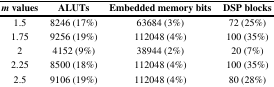
<table><thead><tr><td><b><i>m</i> values</b></td><td><b>ALUTs</b></td><td><b>Embedded memory bits</b></td><td><b>DSP blocks</b></td></tr></thead><tbody><tr><td>1.5</td><td>8246 (17%)</td><td>63684 (3%)</td><td>72 (25%)</td></tr><tr><td>1.75</td><td>9256 (19%)</td><td>112048 (4%)</td><td>100 (35%)</td></tr><tr><td>2</td><td>4152 (9%)</td><td>38944 (2%)</td><td>20 (7%)</td></tr><tr><td>2.25</td><td>8500 (18%)</td><td>112048 (4%)</td><td>100 (35%)</td></tr><tr><td>2.5</td><td>9106 (19%)</td><td>112048 (4%)</td><td>80 (28%)</td></tr></tbody></table>